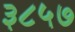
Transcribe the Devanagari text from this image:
३८५७